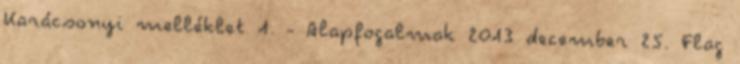
Karácsonyi melléklet 1. - Alapfogalmak 2013 december 25. Flag